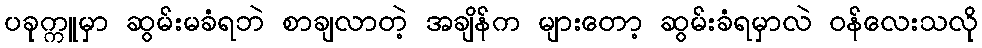
ပခုက္ကူမှာ ဆွမ်းမခံရဘဲ စာချလာတဲ့ အချိန်က များတော့ ဆွမ်းခံရမှာလဲ ဝန်လေးသလို